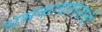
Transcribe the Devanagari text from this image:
धमकावतानाची